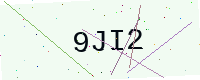
Text: 9JI2